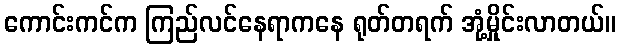
ကောင်းကင်က ကြည်လင်နေရာကနေ ရုတ်တရက် အုံ့မှိုင်းလာတယ်။